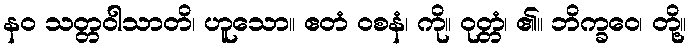
နဝ သတ္တဝါသာတိ၊ ဟူသော။ ဧတံ ဝစနံ၊ ကို။ ဝုတ္တံ၊ ၏။ ဘိက္ခဝေ၊ တို့။